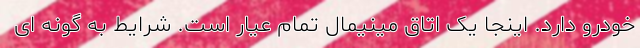
خودرو دارد. اینجا یک اتاق مینیمال تمام عیار است. شرایط به گونه ای